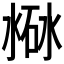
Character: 𣸐